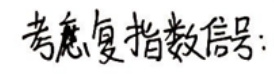
考虑复指数信号: